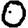
Digit: 0